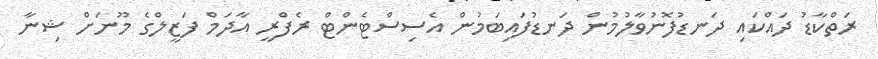
ރަތްކާޑު ދައްކައި ދަނޑުފޮނުވާލުމުން ދަނޑުފައިބަމުން އެސިސްޓެންޓް ރެފްރީ އާދަމް ފަޒީލްގެ މޫނަށް ޝިނާ